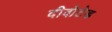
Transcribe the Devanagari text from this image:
दीवोटेड